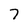
Character: 7